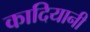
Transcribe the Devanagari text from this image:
कादियानी